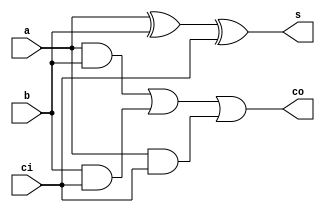
module fa(a,b,ci,co,s);
  input a,b,ci;
  output co,s;
  assign s=a^b^ci;
  assign co=a&b|b&ci|a&ci;
endmodule